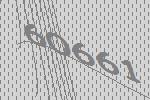
60661